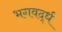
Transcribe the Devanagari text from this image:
भगवर्द्ध